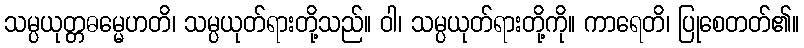
သမ္ပယုတ္တဓမ္မေဟတိ၊ သမ္ပယုတ်ရားတို့သည်။ ဝါ၊ သမ္ပယုတ်ရားတို့ကို။ ကာရေတိ၊ ပြုစေတတ်၏။